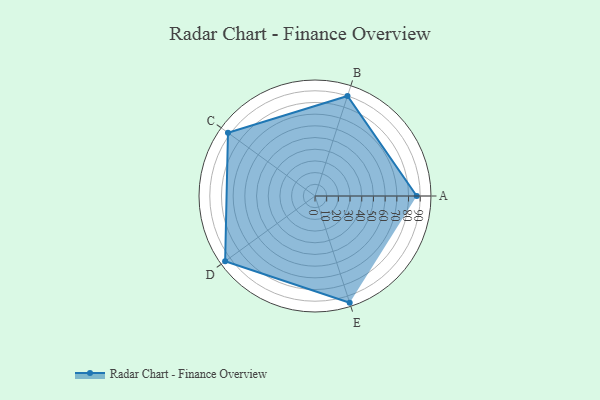
{"axis": {"x": "Skill", "y": "Score"}, "legend": ["Profile"], "data": [{"x": "A", "y": 87.0, "type": "Profile"}, {"x": "B", "y": 90.0, "type": "Profile"}, {"x": "C", "y": 92.0, "type": "Profile"}, {"x": "D", "y": 95.0, "type": "Profile"}, {"x": "E", "y": 96.0, "type": "Profile"}]}